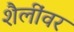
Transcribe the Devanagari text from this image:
शैलींवर